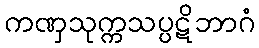
ကဏှသုက္ကသပ္ပဋိဘာဂံ